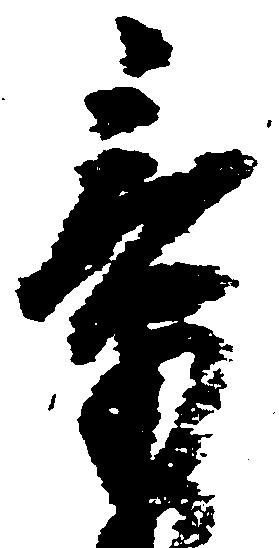
章